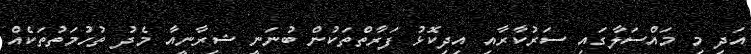
އަދި މި މައްސަލާގައި ސަރުކާރާއި އިދިކޮޅު ފަރާތްތަކުން ބުނަނީ ޝިރާނީއާ މެދު ތުހުމަތުތަކެއް